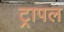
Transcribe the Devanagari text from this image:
ट्रापल